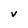
Character: V